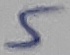
Text: 5